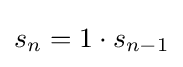
s_{n}=1\cdot s_{n-1}